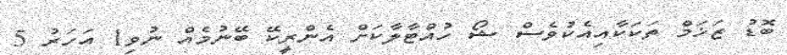
ބޮޑު ޒަޚަމް ތަކަކާއިއެކުވެސް ޝޯ ހުއްޓާލާކަށް އެންރީކޭ ބޭނުމެއް ނުވި1 އަހަރު 5